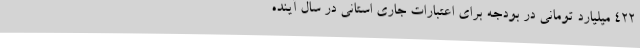
422 میلیارد تومانی در بودجه برای اعتبارات جاری استانی در سال آینده